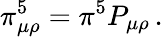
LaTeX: \pi_{\mu\rho}^{5}=\pi^{5}P_{\mu\rho}\, .